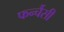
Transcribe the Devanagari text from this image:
फर्न्चैसी